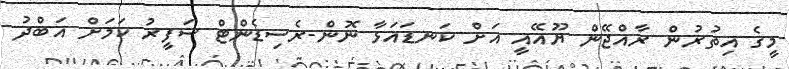
މީގެ އިތުރުން ރާއްޖޭން ޔޫއޭއީ އަށް ކަނޑައަޅާ ނޮން-ރެސިޑެންޓް ސަފީރު ކަމަށް އަބްދު